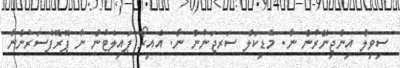
ސިވިލް އިންޖިނޭރުން ނާ. މެޑިކަލް ސަރޖަނުން ނާ. އެއިރޯ ޕައިލެޓުން ނާ ޕޮރޮފެސަރުންނާ